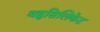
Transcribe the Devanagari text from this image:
बहुसिलिकेट